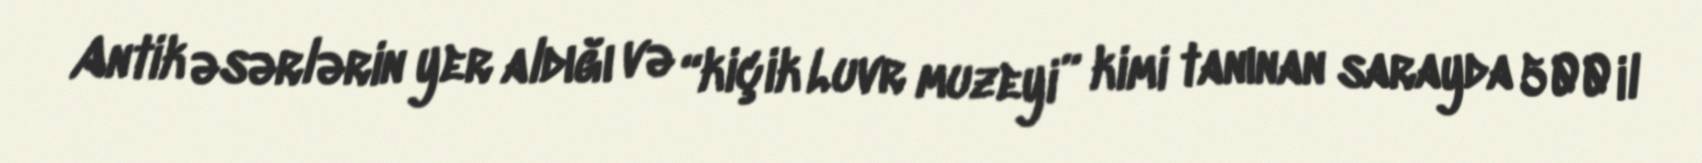
Antik əsərlərin yer aldığı və “kiçik Luvr muzeyi” kimi tanınan sarayda 500 il